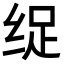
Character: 𮉩